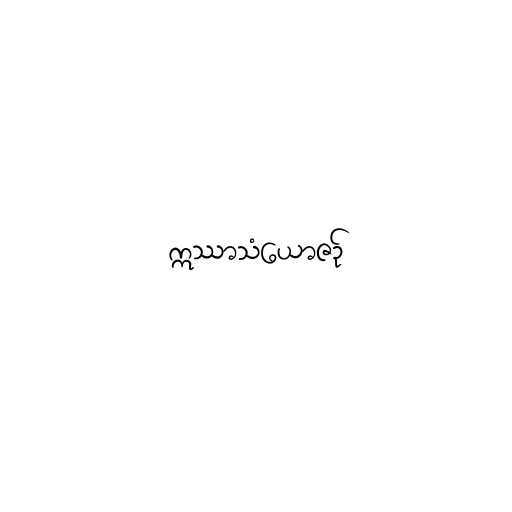
ဣဿာသံယောဇဉ်